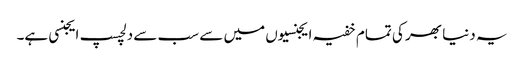
یہ دنیا بھر کی تمام خفیہ ایجنسیوں میں سے سب سے دلچسپ ایجنسی ہے۔